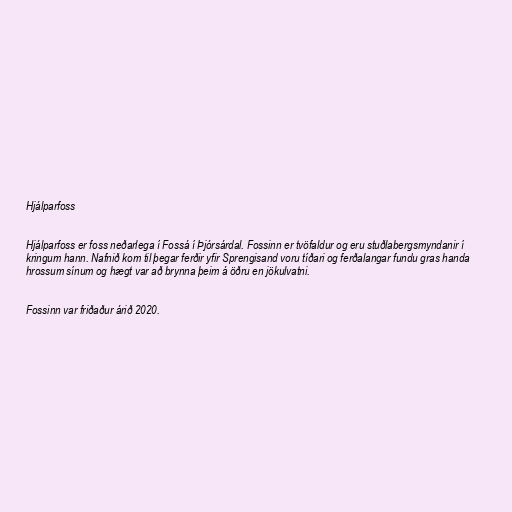
Hjálparfoss

Hjálparfoss er foss neðarlega í Fossá í Þjórsárdal. Fossinn er tvöfaldur og eru stuðlabergsmyndanir í
kringum hann. Nafnið kom til þegar ferðir yfir Sprengisand voru tíðari og ferðalangar fundu gras handa
hrossum sínum og hægt var að brynna þeim á öðru en jökulvatni.

Fossinn var friðaður árið 2020.